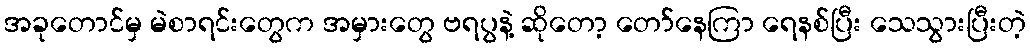
အခုတောင်မှ မဲစာရင်းတွေက အမှားတွေ ဗရပွနဲ့ ဆိုတော့ တော်နေကြာ ရေနစ်ပြီး သေသွားပြီးတဲ့